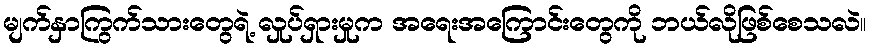
မျက်နှာကြွက်သားတွေရဲ့ လှုပ်ရှားမှုက အရေးအကြောင်းတွေကို ဘယ်လိုဖြစ်စေသလဲ။